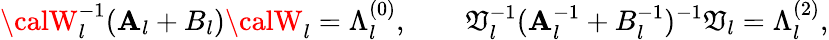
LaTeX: {\calW}_{l}^{-1}(\mathbf{A}_{l}+B_{l}){\calW}_{l}=\Lambda_{l}^{(0)},\qquad{\cal\mathfrak{V}}_{l}^{-1}(\mathbf{A}_{l}^{-1}+B_{l}^{-1})^{-1}{\cal\mathfrak{V}}_{l}=\Lambda_{l}^{(2)},